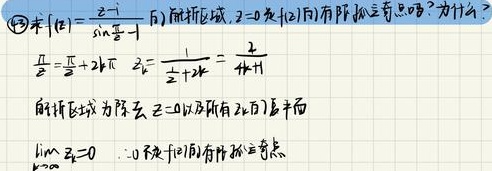
\textcircled{2}求$f(z)=\frac{z - i}{\sin\frac{\pi}{2}z}$的解析区域，$z = 0$是$f(z)$的有限孤立奇点吗？为什么？

$\frac{\pi}{2}z = \pm\frac{\pi}{2}+2k\pi$，$z_k=\frac{1}{\frac{1}{2}+2k}=\frac{2}{4k + 1}$

解析区域为除去$z = 0$以及所有$z_k$的平面

$\lim_{k\rightarrow\infty}z_k = 0$，$\therefore0$不是$f(z)$的有限孤立奇点